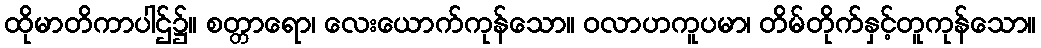
ထိုမာတိကာပါဌ်၌။ စတ္တာရော၊ လေးယောက်ကုန်သော။ ဝလာဟကူပမာ၊ တိမ်တိုက်နှင့်တူကုန်သော။